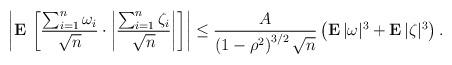
LaTeX: \begin{align*}\left| {\bf E\,}\left[ \frac{\sum_{i=1}^{n}\omega _{i}}{\sqrt{n}}\cdot\left| \frac{\sum_{i=1}^{n}\zeta _{i}}{\sqrt{n}}\right| \right] \right| \leq\frac{A}{\left( 1-\rho ^{2}\right) ^{3/2}\sqrt{n}}\left( {\bf E\,}|\omega|^{3}+{\bf E\,}|\zeta |^{3}\right) . \end{align*}